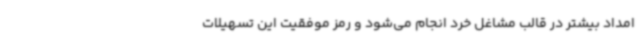
امداد بیشتر در قالب مشاغل خرد انجام می‌شود و رمز موفقیت این تسهیلات